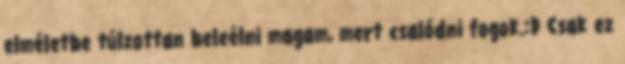
elméletbe túlzottan beleélni magam, mert csalódni fogok.:D Csak ez